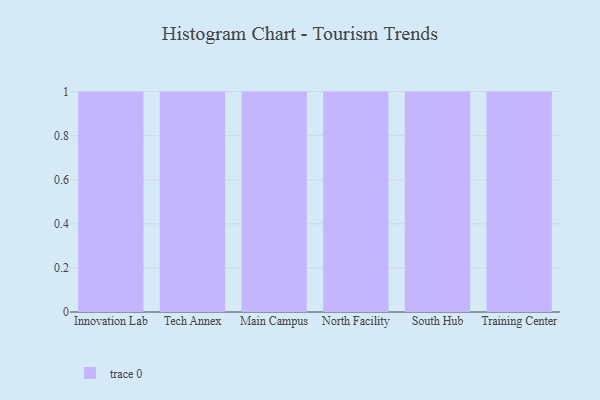
{"axis": {"x": "Campus", "y": "Website Visitors"}, "legend": [""], "data": [{"x": "Innovation Lab", "y": 73, "type": ""}, {"x": "Tech Annex", "y": 64, "type": ""}, {"x": "Main Campus", "y": 22, "type": ""}, {"x": "North Facility", "y": 46, "type": ""}, {"x": "South Hub", "y": 5, "type": ""}, {"x": "Training Center", "y": 4, "type": ""}]}